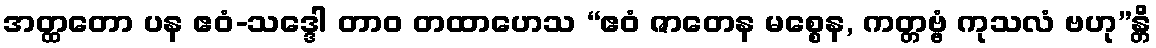
အတ္ထတော ပန ဧဝံ-သဒ္ဒေါ တာဝ တထာဟေသ “ဧဝံ ဇာတေန မစ္စေန, ကတ္တဗ္ဗံ ကုသလံ ဗဟု”န္တိ